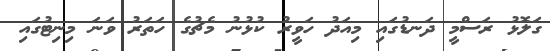
ގަލޮޅު ރަސްމީ ދަނޑުގައި މިއަދު ހަވީރު ކުޅުނު މެޗުގެ ހަތަރު ވަނަ މިނިޓުގައި